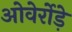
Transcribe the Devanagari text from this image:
ओवेर्रोड़े